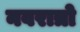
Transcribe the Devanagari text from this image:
नवरात्रो